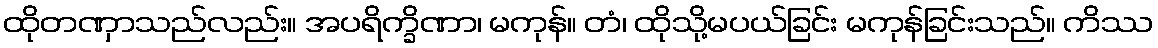
ထိုတဏှာသည်လည်း။ အပရိက္ခိဏာ၊ မကုန်။ တံ၊ ထိုသို့မပယ်ခြင်း မကုန်ခြင်းသည်။ ကိဿ